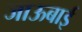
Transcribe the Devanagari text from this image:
जाऊबाई